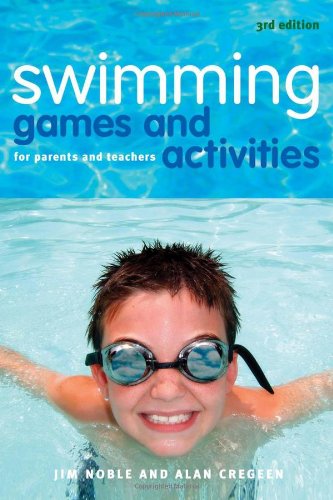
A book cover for Swimming Games and Activities: For Parents and Teachers; Jim Noble; Health, Fitness & Dieting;